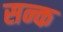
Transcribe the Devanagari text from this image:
सन्क